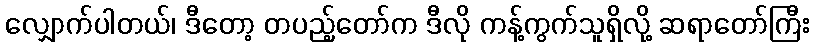
လျှောက်ပါတယ်၊ ဒီတော့ တပည့်တော်က ဒီလို ကန့်ကွက်သူရှိလို့ ဆရာတော်ကြီး